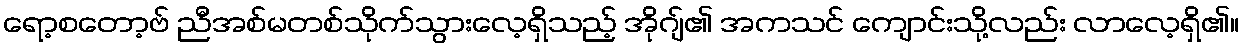
ရော့စတော့ဗ် ညီအစ်မတစ်သိုက်သွားလေ့ရှိသည့် အိုဂျ်၏ အကသင် ကျောင်းသို့လည်း လာလေ့ရှိ၏။